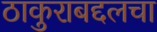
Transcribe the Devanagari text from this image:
ठाकुराबद्दलचा